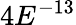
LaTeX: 4E^{-13}